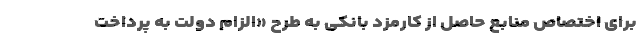
برای اختصاص منابع حاصل از کارمزد بانکی به طرح «الزام دولت به پرداخت